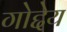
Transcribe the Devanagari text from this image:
गोद्देय